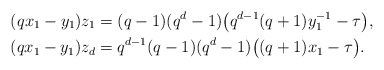
\begin{align*} (q x_1 - y_1) z_1 &= (q-1)(q^d-1) \big( q^{d-1}(q+1)y_1^{-1} - \tau \big), \\ (q x_1 - y_1) z_d &= q^{d-1}(q-1)(q^d-1) \big( (q+1)x_1 - \tau \big). \end{align*}